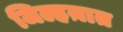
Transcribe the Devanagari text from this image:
जिल्हय़ात